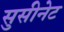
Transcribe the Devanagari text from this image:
सुसीनेट